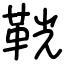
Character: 𩊠